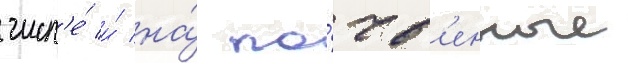
числ'е́ и́ на́ по́чв'енные